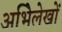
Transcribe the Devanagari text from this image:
अभिेलेखों